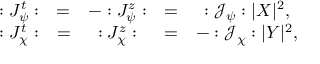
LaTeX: \begin{array} { c c c c c l l } { { : J _ { \psi } ^ { t } : } } & { { = } } & { { - : J _ { \psi } ^ { z } : } } & { { = } } & { { : { \mathcal { J } } _ { \psi } : | X | ^ { 2 } , } } \\ { { : J _ { \chi } ^ { t } : } } & { { = } } & { { : J _ { \chi } ^ { z } : } } & { { = } } & { { - : { \mathcal { J } } _ { \chi } : | Y | ^ { 2 } , } } \end{array}